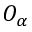
O _ { \alpha }